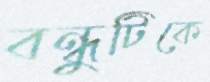
বন্ধুটিকে